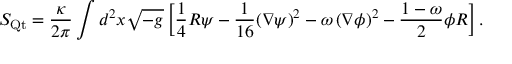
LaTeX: S _ { \mathrm { Q t } } = \frac { \kappa } { 2 \pi } \int d ^ { 2 } x \/ \sqrt { - g } \left[ \frac 1 4 R \psi - \frac { 1 } { 1 6 } ( \nabla \psi ) ^ { 2 } - \omega \left( \nabla \phi \right) ^ { 2 } - \frac { 1 - \omega } { 2 } \phi R \right] .